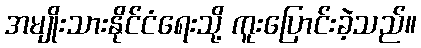
အမျိုးသားနိုင်ငံရေးသို့ ကူးပြောင်းခဲ့သည်။